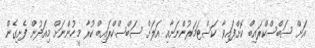
އަށް ސަބްސްކްރައިބް ކޮށްފައިވާ ކަސްޓަމަރުންނަށާއި އަލަށް ސަބްސްކްރައިބް ކުރާ މީހުންނަށް މިއަދުން ފެށިގެން